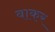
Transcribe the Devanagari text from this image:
बाकर